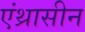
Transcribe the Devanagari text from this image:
एंथ्रासीन